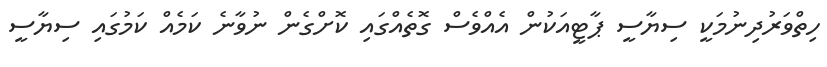
ހިތްވަރުދިނުމަކީ ސިޔާސީ ޕާޓީއަކުން އެއްވެސް ގޮތެއްގައި ކޮށްގެން ނުވާނެ ކަމެއް ކަމުގައި ސިޔާސީ